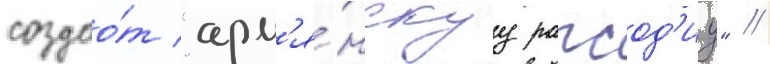
создао́т "арм'я́нскуу рапсод'иу" /